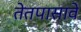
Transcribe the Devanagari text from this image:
तेतपासावे